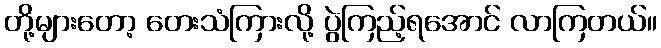
တို့များတော့ တေးသံကြားလို့ ပွဲကြည့်ရအောင် လာကြတယ်။